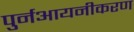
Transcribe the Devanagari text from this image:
पुर्नआयनीकरण